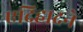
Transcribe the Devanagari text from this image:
एदिहादने